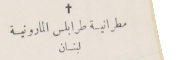
مطرانية طرابلس المارونية لبنان